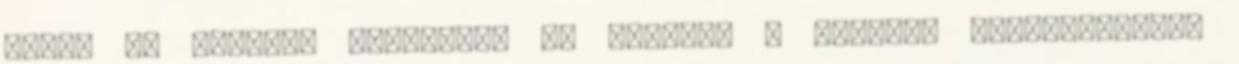
akkor ne oktass, egyébként ha olvasod a Bibliát megtalálhatod